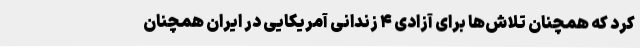
کرد که همچنان تلاش‌ها برای آزادی ۴ زندانی آمریکایی در ایران همچنان